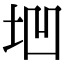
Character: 垇